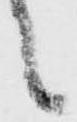
之